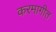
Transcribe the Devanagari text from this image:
करमागीत